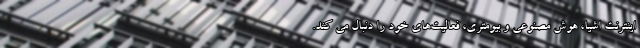
اینترنت اشیا، هوش مصنوعی و بیومتری، فعالیت‌های خود را دنبال می کند.